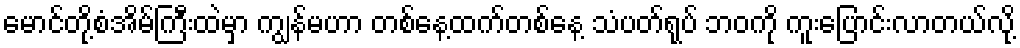
မောင်တို့စံအိမ်ကြီးထဲမှာ ကျွန်မဟာ တစ်နေ့ထက်တစ်နေ့ သံပတ်ရုပ် ဘဝကို ကူးပြောင်းလာတယ်လို့